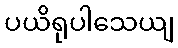
ပယိရုပါသေယျ